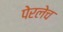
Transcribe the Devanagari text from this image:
पेरलेच